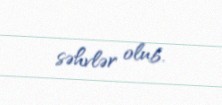
səhvlər olub.